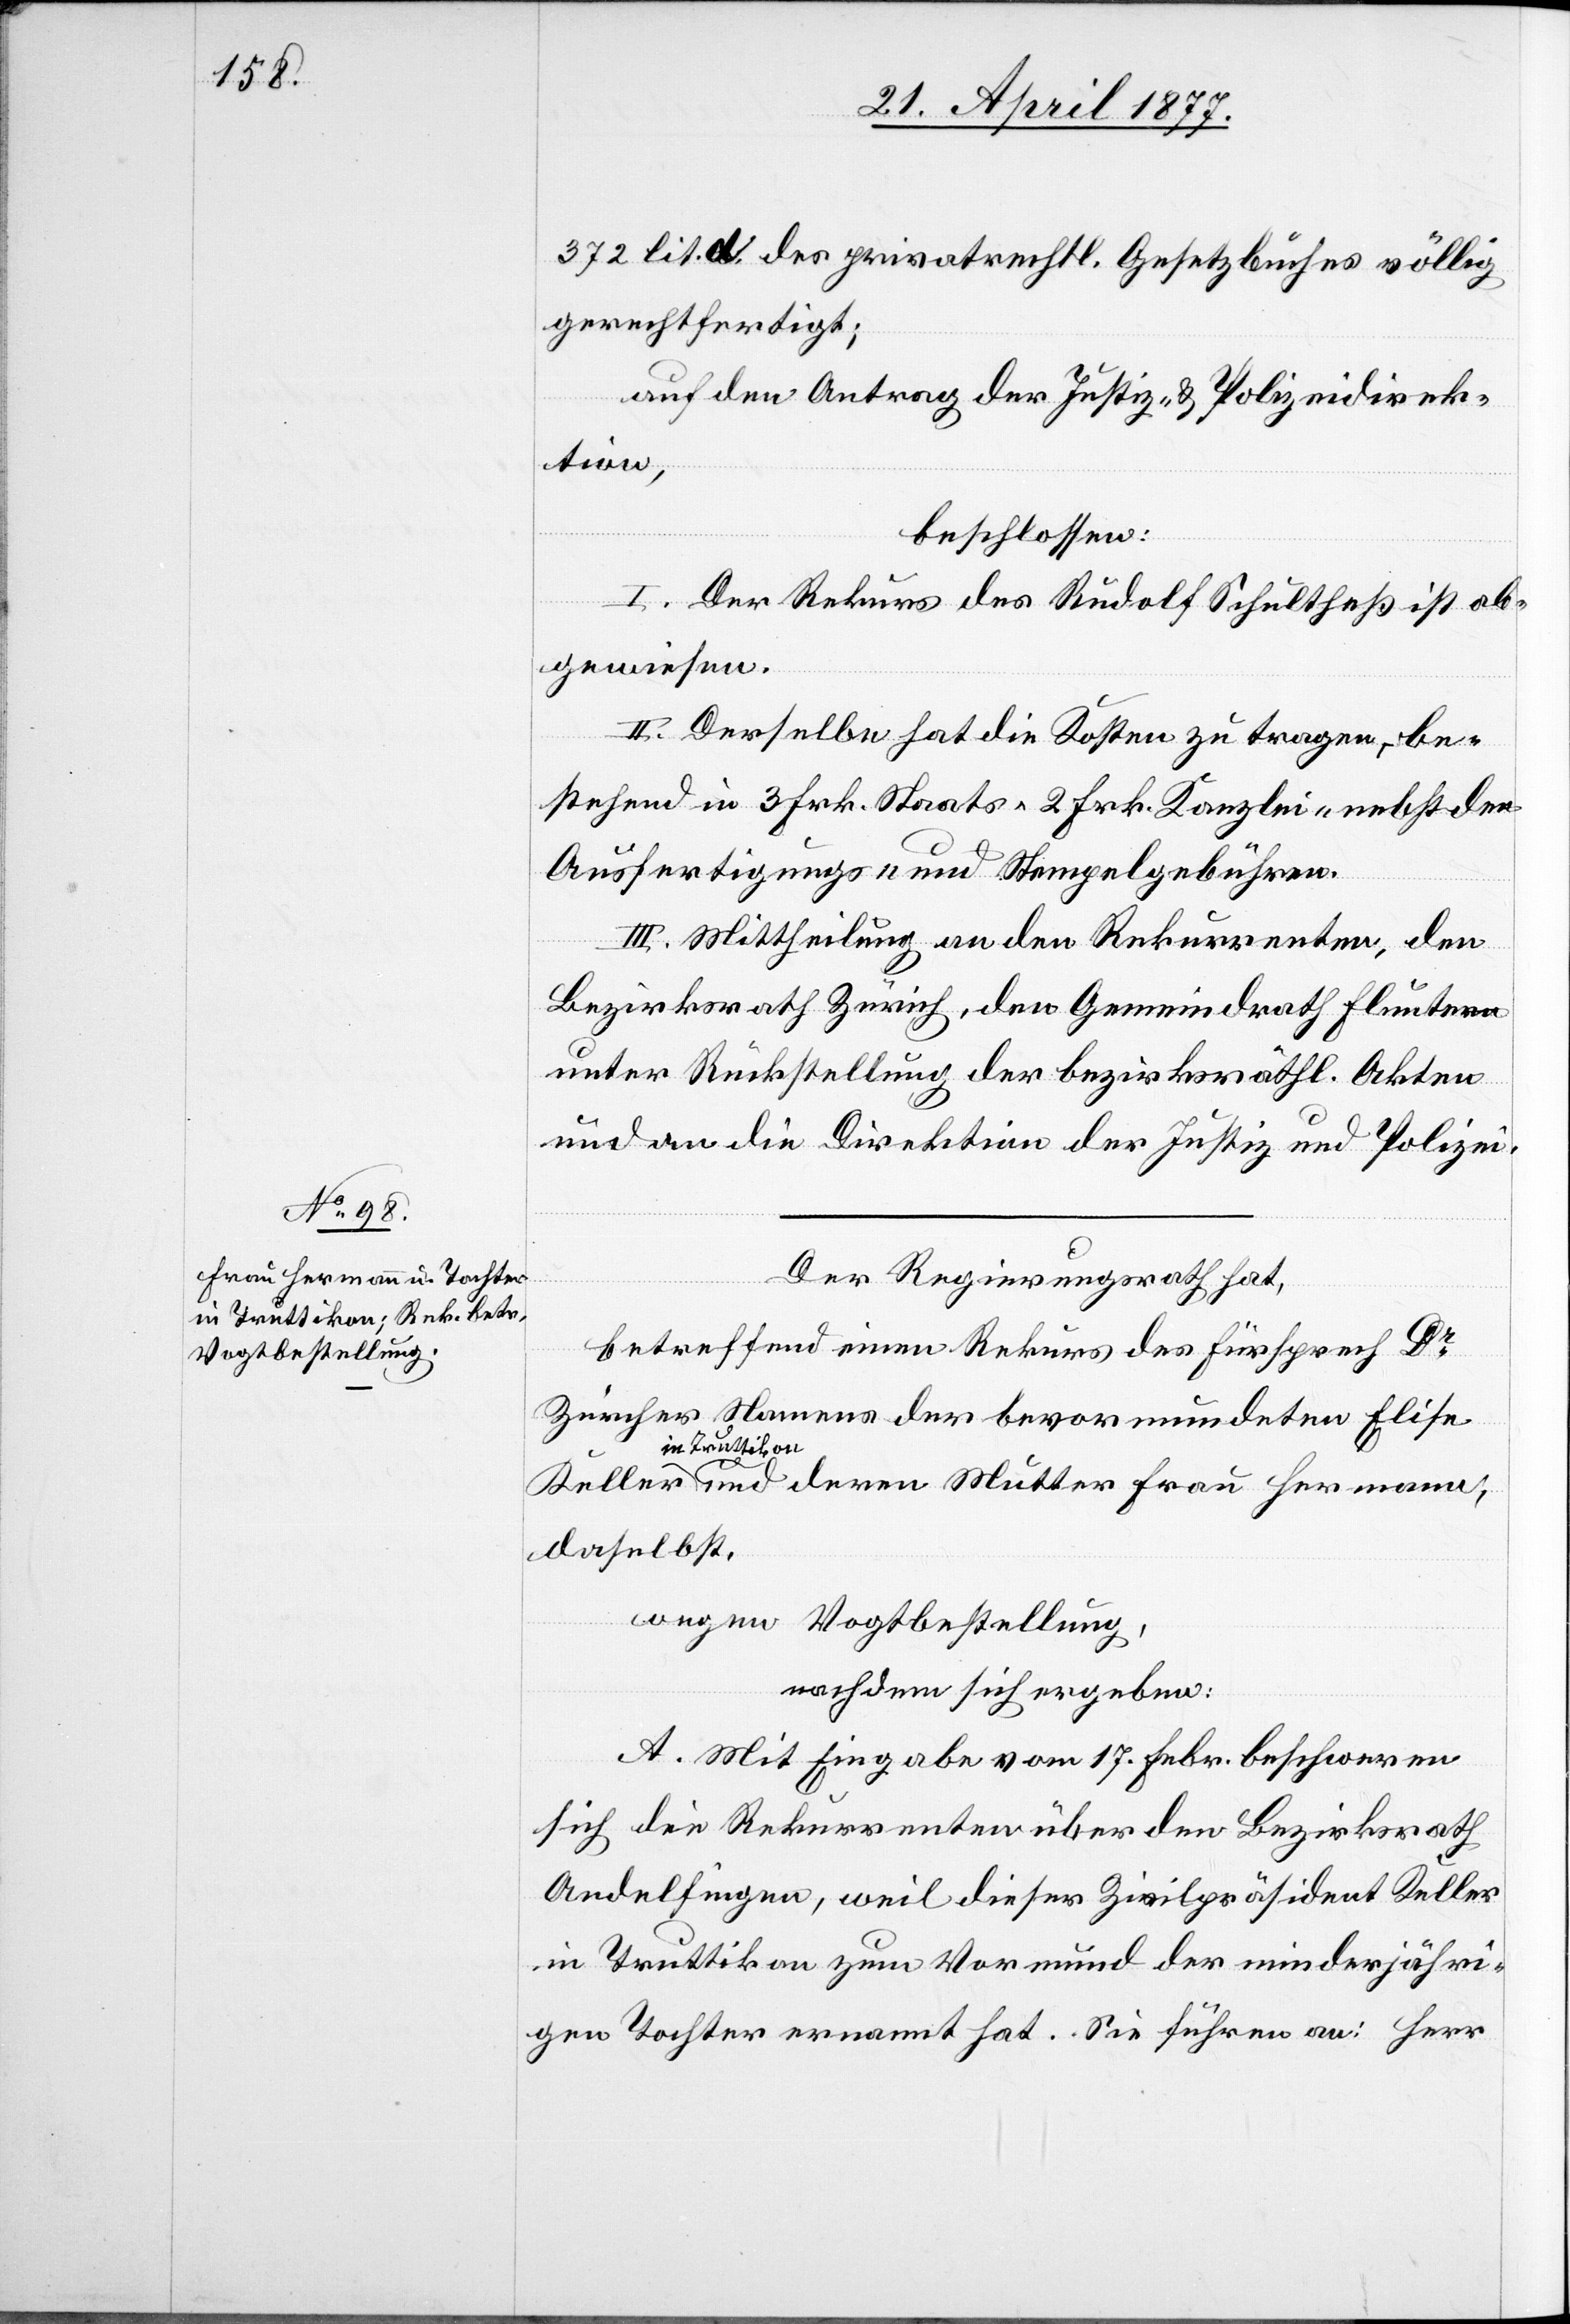
372 lit. d. des privatrechtl. Gesetzbuches völlig
gerechtfertigt;
Hermann,
auf den Antrag der Justiz- & Polizeidirek¬
tion,
beschlossen:
I. Der Rekurs des Rudolf Schultheß ist ab¬
gewiesen.
II. Derselbe hat die Kosten zu tragen, be¬
stehend in 3 Frk. Staats- 2 Frk. Kanzlei- nebst den
Ausfertigungs- und Stempelgebühren.
III. Mittheilung an den Rekurrenten, den
Bezirksrath Zürich, den Gemeindrath Fluntern
unter Rückstellung der bezirksräthl. Akten
und an die Direktion der Justiz und Polizei.
Der Regierungsrath hat,
betreffend einen Rekurs des Fürsprech Dr
Zürcher Namens der bevormundeten Elise
in Truttikon
daselbst,
wegen Vogtbestellung,
nachdem sich ergeben:
A. Mit Eingabe vom 17. Febr. beschweren
sich die Rekurrenten über den Bezirksrath
Andelfingen, weil dieser Zivilpräsident Keller
in Truttikon zum Vormund der minderjähri¬
gen Tochter ernannt hat. Sie führen an: Herr